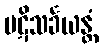
ပဋိသင်္ခယန္တံ